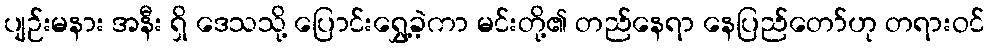
ပျဉ်းမနား အနီး ရှိ ဒေသသို့ ပြောင်းရွှေ့ခဲ့ကာ မင်းတို့၏ တည်နေရာ နေပြည်တော်ဟု တရားဝင်